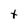
Character: t